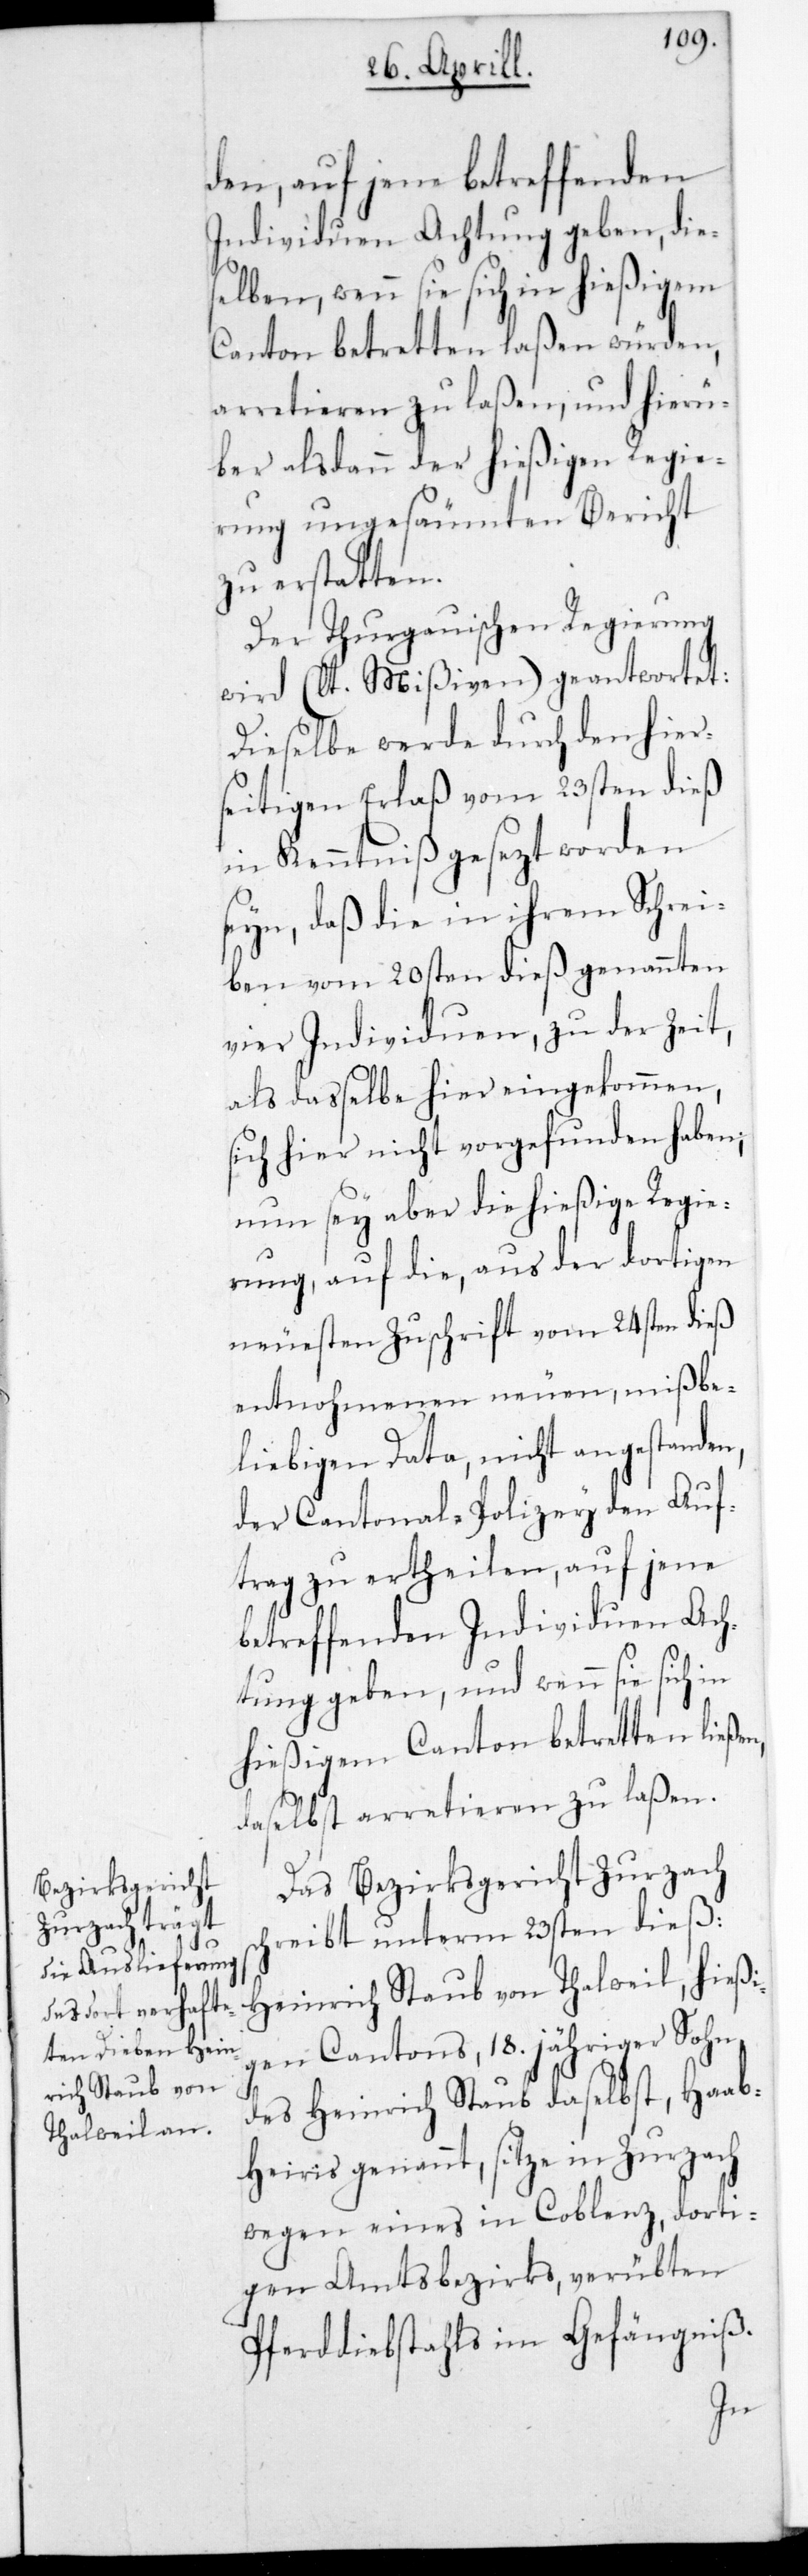
den, auf jene betreffenden
Individuen Achtung geben, die¬
selben wenn sie sich in hießigem
Canton betretten laßen würden,
arretieren zu laßen, und hierü¬
ber alsdann der hießigen Regie¬
rung ungesäumten Bericht
zu erstatten.
Der Thurgauischen Regierung
wird (lt. Mißiven) geantwortet:
Dieselbe werde durch den hier¬
seitigen Erlaß vom 23sten dieß
in Kenntniß gesezt worden
seyn, daß die in ihrem Schrei¬
ben vom 20sten dieß genannten
vier Individuen, zu der Zeit,
als daßelbe hier eingekommen,
sich hier nicht vorgefunden haben;
nun sey aber die hießige Regie¬
rung auf die, aus der dortigen
neuesten Zuschrift vom 24sten dieß
entnommenen neuen, mißbe¬
liebigen Data, nicht angestanden,
der Cantonal-Polizey den Auf¬
trag zu ertheilen, auf jene
betreffenden Individuen Ach¬
tung geben, und wenn sie sich in
hießigem Canton betretten ließe¬
daselbst arretieren zu laßen.
Das Bezirksgericht Zurzach
reibt unterm 23sten dieß:
Heinrich Staub von Thalweil, hießi¬
gen Cantons, 18jähriger Sohn
des Heinrich Staub daselbst, Haab¬
heiris genannt, sitze in Zurzach
wegen eines in Coblenz, dorti¬
gen Amtsbezirks, verübten
Pferddiebstahls im Gefängniß.
sch¬